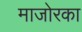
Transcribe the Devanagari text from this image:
माजोरका